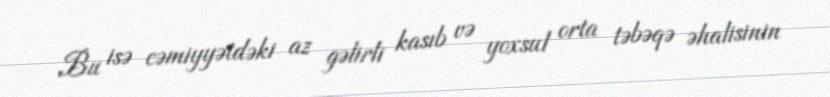
Bu isə cəmiyyətdəki az gəlirli kasıb və yoxsul orta təbəqə əhalisinin